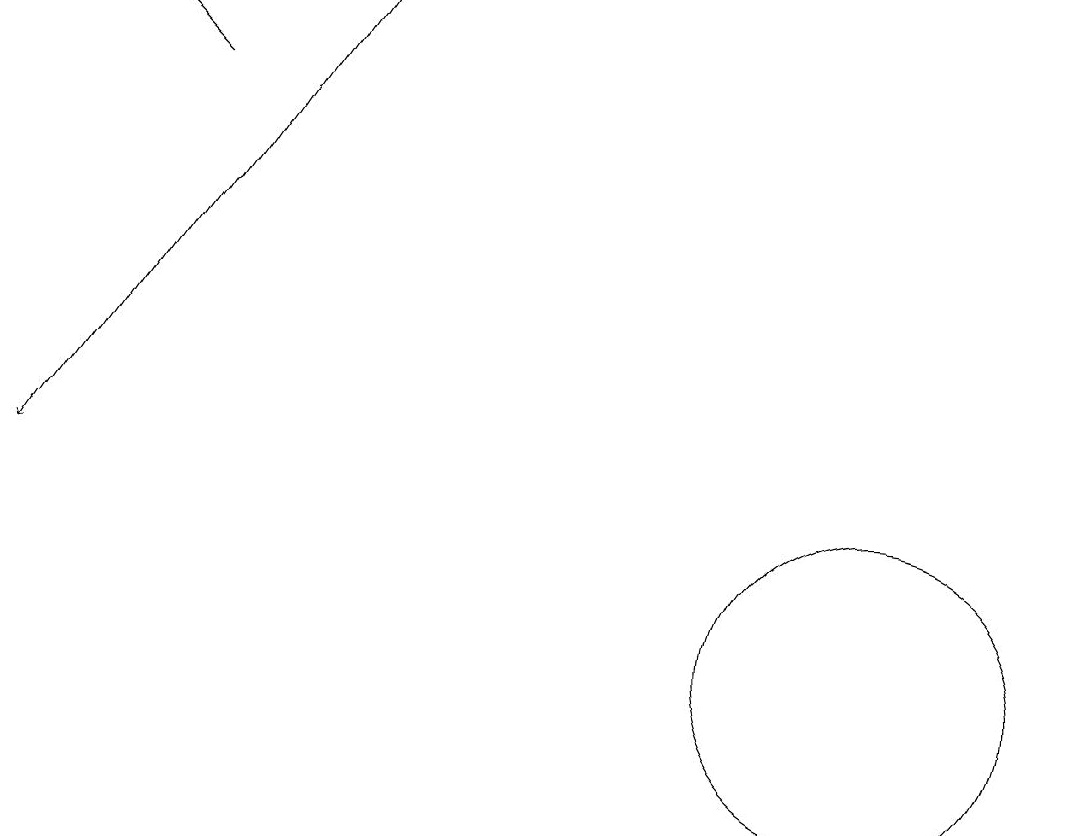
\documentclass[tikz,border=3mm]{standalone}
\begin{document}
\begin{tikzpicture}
\draw[->] (3,18) -- (2,19);
\draw (12,11) circle (2);
\draw[->] (5,19) -- (1,13);
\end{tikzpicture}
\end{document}